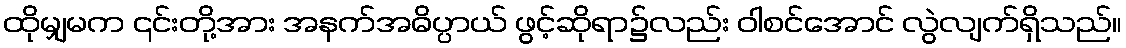
ထိုမျှမက ၎င်းတို့အား အနက်အဓိပ္ပာယ် ဖွင့်ဆိုရာ၌လည်း ဝါစင်အောင် လွဲလျက်ရှိသည်။